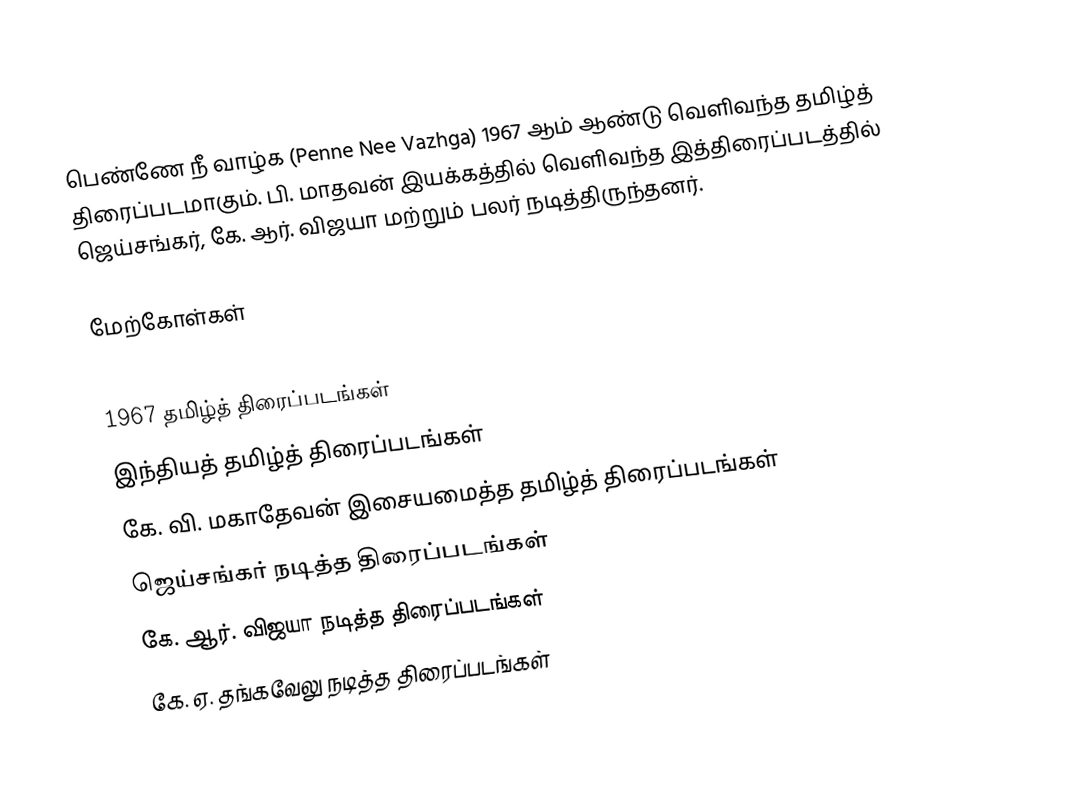
பெண்ணே நீ வாழ்க (Penne Nee Vazhga) 1967 ஆம் ஆண்டு வெளிவந்த தமிழ்த் திரைப்படமாகும். பி. மாதவன் இயக்கத்தில் வெளிவந்த இத்திரைப்படத்தில் ஜெய்சங்கர், கே. ஆர். விஜயா மற்றும் பலர் நடித்திருந்தனர்.

மேற்கோள்கள்

1967 தமிழ்த் திரைப்படங்கள்
இந்தியத் தமிழ்த் திரைப்படங்கள்
கே. வி. மகாதேவன் இசையமைத்த தமிழ்த் திரைப்படங்கள்
ஜெய்சங்கர் நடித்த திரைப்படங்கள்
கே. ஆர். விஜயா நடித்த திரைப்படங்கள்
கே. ஏ. தங்கவேலு நடித்த திரைப்படங்கள்